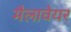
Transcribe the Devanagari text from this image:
मैलावेयर